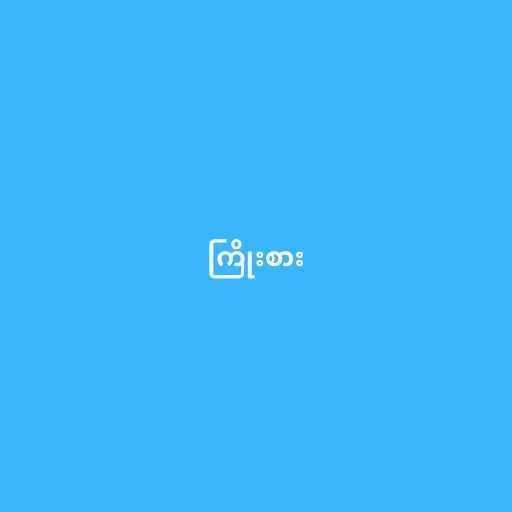
ကြိုးစား